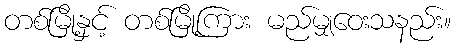
တစ်မြို့နှင့် တစ်မြို့ကြား မည်မျှဝေးသနည်း။